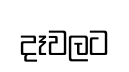
දෑවලට